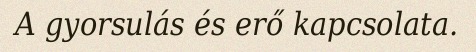
A gyorsulás és erő kapcsolata.